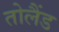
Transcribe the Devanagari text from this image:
तोलैंड